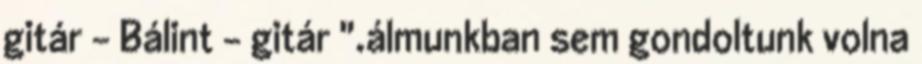
gitár - Bálint - gitár ".álmunkban sem gondoltunk volna